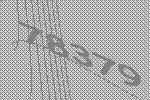
78379